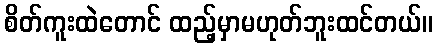
စိတ်ကူးထဲတောင် ထည့်မှာမဟုတ်ဘူးထင်တယ်။